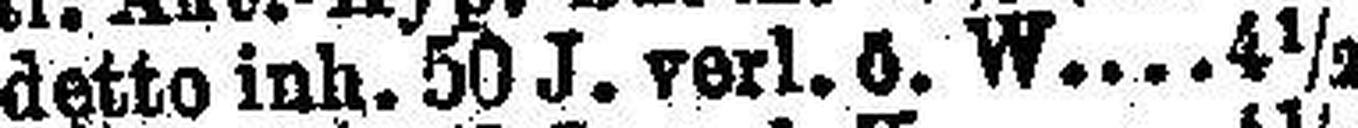
detto inh. 50 J. verl. ö. W 4½